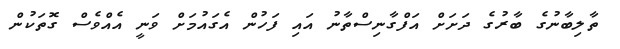
ތާލިބާނުގެ ބާރުގެ ދަށަށް އަފްގާނިސްތާނު އައި ފަހުން އެގައުމަށް ވަނީ އެއްވެސް ގޮތަކުން